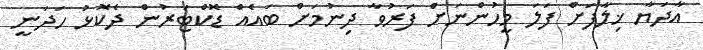
އާދަޔާ ޚިލާފަށް ފަލަ މީހުންނަށް ފަރުވާ ދިނުމަށް ބައެއް ޑޮކްޓަރުން ދެކޮޅު ހަދަނީ